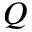
Q